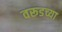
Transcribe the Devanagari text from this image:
वरूडच्या